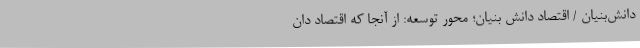
دانش‌بنیان / اقتصاد دانش بنیان؛ محور توسعه: از آنجا که اقتصاد دان